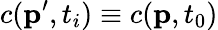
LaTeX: c(\textbf{p}^{\prime},t_{i})\equiv c(\textbf{p},t_{0})